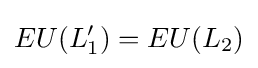
EU(L_{1}')=EU(L_{2})